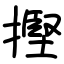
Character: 摼